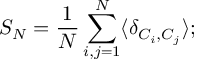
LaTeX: { \cal { S } } _ { N } = { \frac { 1 } { N } } \sum _ { i , j = 1 } ^ { N } \langle \delta _ { { \cal { C } } _ { i } , { \cal { C } } _ { j } } \rangle ; \protect